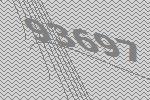
93697